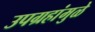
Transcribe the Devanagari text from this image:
उपग्रहांमुळे